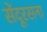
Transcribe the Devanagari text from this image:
सेंदूरसना